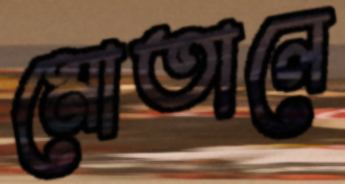
মোতালে